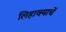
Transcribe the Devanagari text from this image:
लिहावयाचें